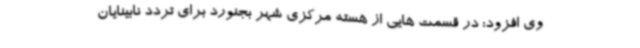
وی افزود: در قسمت هایی از هسته مرکزی شهر بجنورد برای تردد نابینایان